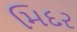
મિદર